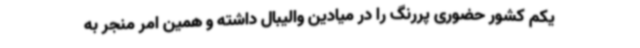
یکم کشور حضوری پررنگ را در میادین والیبال داشته و همین امر منجر به